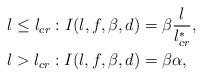
LaTeX: \begin{align*} &l\leq l_{cr}:I(l,f,\beta,d)=\beta \frac{l}{l_{cr}^*}, \\ &l>l_{cr}:I(l,f,\beta,d)=\beta \alpha, \end{align*}